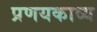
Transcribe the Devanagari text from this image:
प्रणयकाव्य